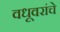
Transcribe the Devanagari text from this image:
वधूवरांचे